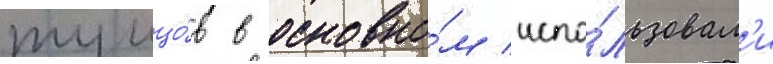
тунцо́в в основно́м испо́льзовал'и